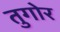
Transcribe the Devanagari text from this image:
तुगोर